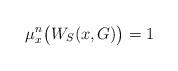
LaTeX: \begin{align*}\mu^n_x\big(W_S(x,G)\big)=1\end{align*}